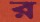
র